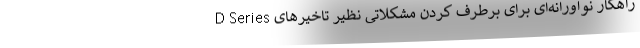
D Series راهکار نوآورانه‌ای برای برطرف کردن مشکلاتی نظیر تاخیرهای